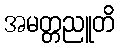
အမတ္တညူတိ